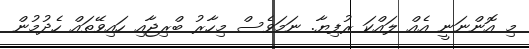
މި އޮންނަނީ އެއް ލައްކަ ރުފިޔާ. ނަމަވެސް މިހާރު ބްރިޖާއި ހައިވޭތައް ހެދުމުން